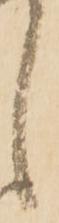
候